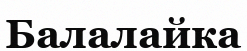
Балалайка